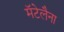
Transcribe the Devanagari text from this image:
मॅटेलैना